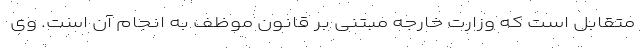
متقابل است که وزارت خارجه مبتنی بر قانون موظف به انجام آن است. وی